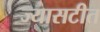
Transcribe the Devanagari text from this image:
ज्यासटीत